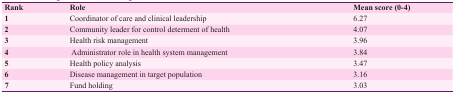
<table><thead><tr><td><b>Rank</b></td><td><b> Role </b></td><td><b> Mean score(0-4) </b></td></tr></thead><tbody><tr><td><b>1</b></td><td> Coordinator of care and clinical leadership </td><td> 6.27 </td></tr><tr><td><b>2</b></td><td> Community leader for control determent of health </td><td> 4.07 </td></tr><tr><td><b>3</b></td><td> Health risk management </td><td> 3.96 </td></tr><tr><td><b>4</b></td><td>Administrator role in health system management </td><td> 3.84 </td></tr><tr><td><b>5</b></td><td> Health policy analysis </td><td> 3.47 </td></tr><tr><td><b>6</b></td><td> Disease management in target population </td><td> 3.16 </td></tr><tr><td><b>7</b></td><td> Fund holding </td><td> 3.03 </td></tr></tbody></table>